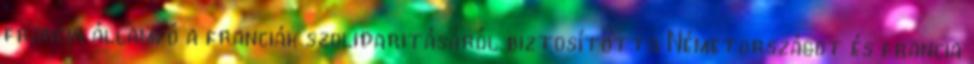
francia államfő a franciák szolidaritásáról biztosította Németországot és francia